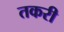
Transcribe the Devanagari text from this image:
तकरी